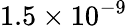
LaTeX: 1.5\times 10^{-9}